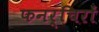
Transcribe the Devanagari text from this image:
फनर्चिरों